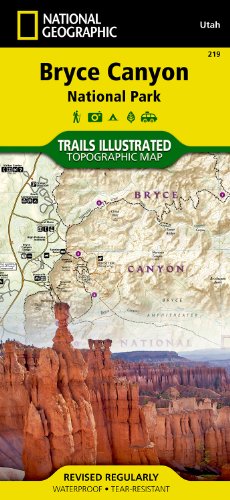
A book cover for Bryce Canyon National Park (National Geographic Trails Illustrated Map); National Geographic Maps - Trails Illustrated; Reference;